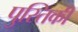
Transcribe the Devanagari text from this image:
पुस्तिकी